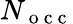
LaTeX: N_{\mathrm{~o~c~c~}}